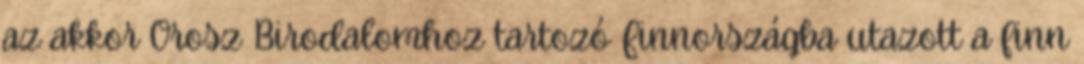
az akkor Orosz Birodalomhoz tartozó Finnországba utazott a finn